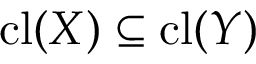
\operatorname { c l } ( X ) \subseteq \operatorname { c l } ( Y )